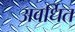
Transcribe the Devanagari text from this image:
अवर्धित